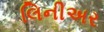
લિનીઅર